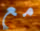
مع